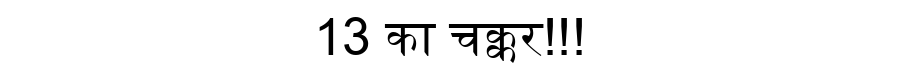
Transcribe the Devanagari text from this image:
13 का चक्कर!!!